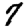
Digit: 7